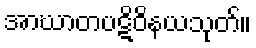
အာဃာတပဋိဝိနယသုတ်။